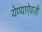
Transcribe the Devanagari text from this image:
येण्याऐवजी